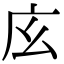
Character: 𢇝